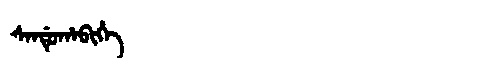
Manchu: ᠰᠠᠨᡩᡠᡥᠠᠪᡳᡥᡝ
Romanization: SANDUHABIHE